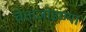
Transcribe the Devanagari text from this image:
चेताजोडण्या